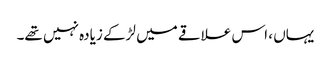
یہاں ، اس علاقے میں لڑکے زیادہ نہیں تھے۔